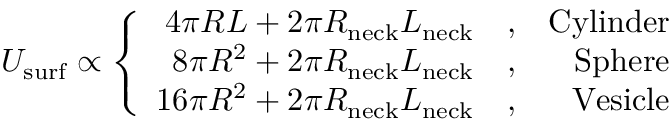
U _ { \mathrm { s u r f } } \propto \left\{ \begin{array} { r l r } { 4 \pi R L + 2 \pi R _ { \mathrm { n e c k } } L _ { \mathrm { n e c k } } } & { , } & { \mathrm { C y l i n d e r } } \\ { 8 \pi R ^ { 2 } + 2 \pi R _ { \mathrm { n e c k } } L _ { \mathrm { n e c k } } } & { , } & { \mathrm { S p h e r e } } \\ { 1 6 \pi R ^ { 2 } + 2 \pi R _ { \mathrm { n e c k } } L _ { \mathrm { n e c k } } } & { , } & { \mathrm { V e s i c l e } } \end{array} \right.